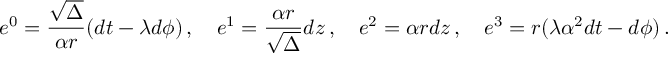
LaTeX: e ^ { 0 } = \frac { \sqrt \Delta } { \alpha r } ( d t - \lambda d \phi ) \, , \quad e ^ { 1 } = \frac { \alpha r } { \sqrt \Delta } d z \, , \quad e ^ { 2 } = \alpha r d z \, , \quad e ^ { 3 } = r ( \lambda \alpha ^ { 2 } d t - d \phi ) \, .